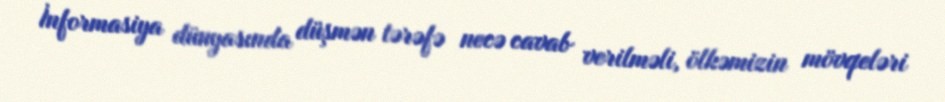
İnformasiya dünyasında düşmən tərəfə necə cavab verilməli, ölkəmizin mövqeləri